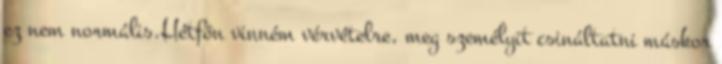
ez nem normális.Hétfőn vinném vérvételre, meg személyit csináltatni máskor